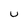
Character: u